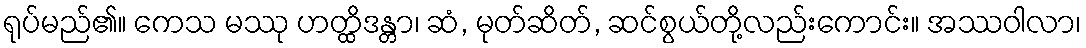
ရုပ်မည်၏။ ကေသ မဿု ဟတ္ထိဒန္တာ၊ ဆံ, မုတ်ဆိတ်, ဆင်စွယ်တို့လည်းကောင်း။ အဿဝါလာ၊